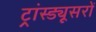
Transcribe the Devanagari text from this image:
ट्रांस्ड्यूसरों